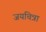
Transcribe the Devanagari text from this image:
जयचित्रा